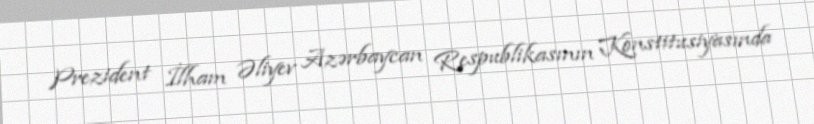
Prezident İlham Əliyev Azərbaycan Respublikasının Konstitusiyasında